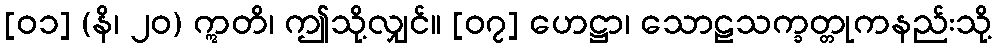
[၀၁] (နိ၊ ၂၀) ဣတိ၊ ဤသို့လျှင်။ [၀၇] ဟေဋ္ဌာ၊ သောဠသက္ခတ္တုကနည်းသို့